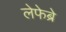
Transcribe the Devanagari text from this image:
लेफेब्रे